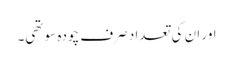
اور ان کی تعداد صرف چودہ سو تھی۔